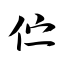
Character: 伫